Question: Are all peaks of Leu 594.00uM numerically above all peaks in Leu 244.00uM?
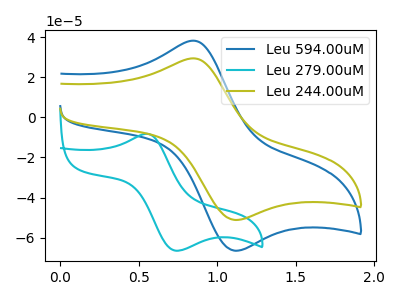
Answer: <think>The blue curve "Leu 594.00uM" has an anodic peak at (0.85V, 38.20uA) and a cathodic peak at (1.10V, -66.50uA). The cyan curve "Leu 279.00uM" has an anodic peak at (0.55V, -8.20uA) and a cathodic peak at (0.75V, -66.45uA). The olive curve "Leu 244.00uM" has an anodic peak at (0.85V, 29.40uA) and a cathodic peak at (1.10V, -51.15uA).</think>
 <answer>Every peak in "Leu 594.00uM" is higher than every peak in "Leu 244.00uM".</answer>
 <eval>higher</eval>